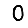
Digit: 0